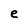
Character: e